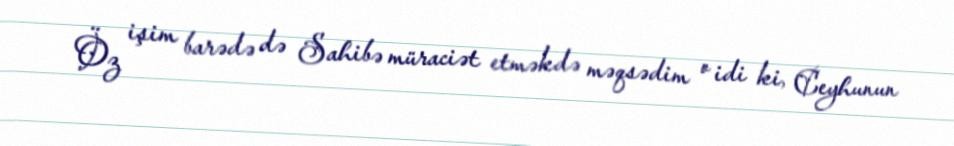
Öz işim barədə də Sahibə müraciət etməkdə məqsədim o idi ki, Ceyhunun